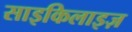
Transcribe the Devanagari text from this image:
साइकिलाइज़